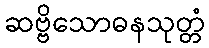
ဆဗ္ဗိသောဓနသုတ္တံ